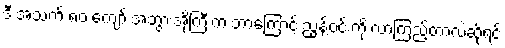
ဒီ အသက် ၈၀ ကျော် အဘွားအိုကြီးက ဘာကြောင့် ညွန့်ဝင်းကို လာကြည့်တာလဲဆိုရင်